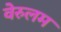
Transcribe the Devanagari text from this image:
वेरुलम